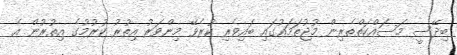
ބިދޭސީ މަސައްކަތްތެރިން މުޖުތަމައުގައި ބައިވެރި ކުރެވޭ މިންވަރު އިތުރު ކުރުމުގެ އިތުރުން އެ